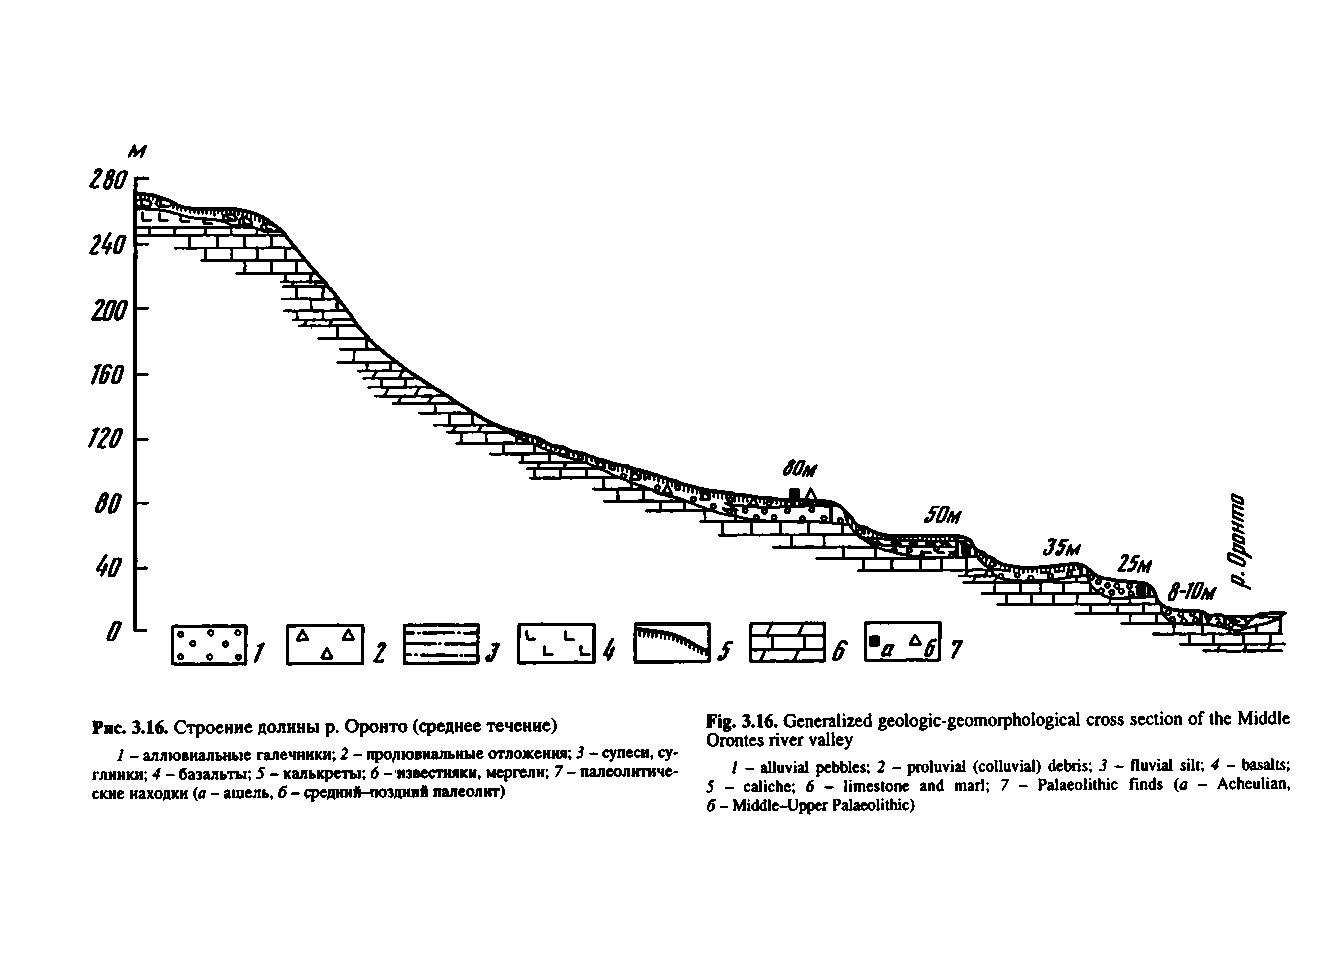
Fig. 3.16. Generalized geologic-geomorphological cross section of the Middle
 Рис. 3.16. Строение долины р. Оронто (среднее течение)
 Orontes river valley
 I - аллювиальные галечники; 2 - пролювиальные отложения; 3 - супеси, су­
 1 - alluvial pebbles; 2 - proluvial (colluvial) debris; 3 - fluvial silt; 4 - basalts;
 глинки; 4 - базальты; 5 - калькреты; 6 - известняки, мергели; 7 - палеолитиче­
 5 - caliche; 6 - limestone and marl; 7 - Palaeolithic finds (a - Acheulian,
 ские находки (а - ашель, б - средний-поздний палеолит)
 6 - Middle-Upper Palaeolithic)
 отнорО
 .p